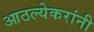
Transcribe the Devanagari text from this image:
आठल्येकरांनी